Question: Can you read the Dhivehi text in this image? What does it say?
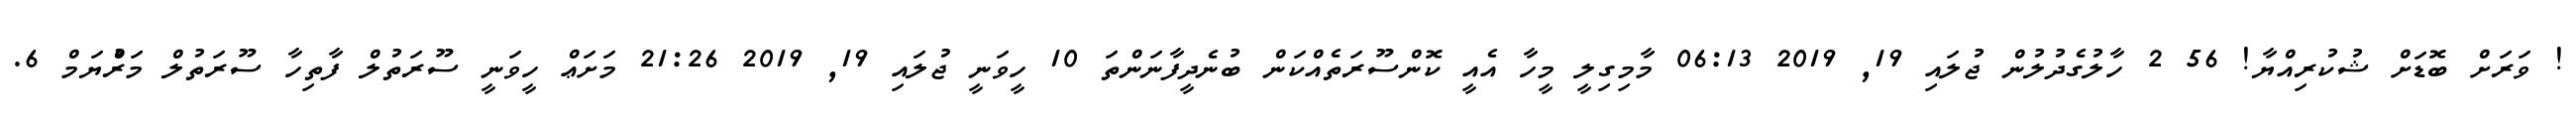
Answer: ! ވަރަށް ބޮޑަށް ޝުކުރިއްޔާ! 56 2 ހާލުގެދުލުން ޖުލައި 19, 2019 06:13 މާމިގިލީ މީހާ އެއީ ކޮންސޫރަތެއްކަން ބުނެދީފާނަންތަ 10 ހީވަނީ ޖުލައި 19, 2019 21:26 މަށަޢް ހީވަނީ ސޫރަތުލް ފާތިހާ ސޫރަތުލް މަރްުޔަމް 6.